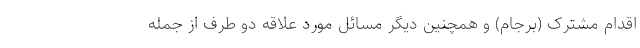
اقدام مشترک (برجام) و همچنین دیگر مسائل مورد علاقه دو طرف از جمله